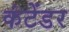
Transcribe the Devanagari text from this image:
कंटेंडर